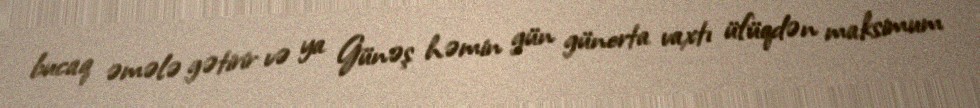
bucaq əmələ gətirir və ya Günəş həmin gün günorta vaxtı üfüqdən maksimum